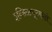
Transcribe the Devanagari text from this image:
इन्स्टिट्यूटमधले